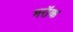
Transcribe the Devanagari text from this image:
मरॉक